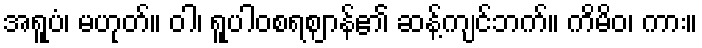
အရူပံ၊ မဟုတ်။ ဝါ၊ ရူပါဝစရဈာန်၏ ဆန့်ကျင်ဘက်။ ကိမိဝ၊ ကား။